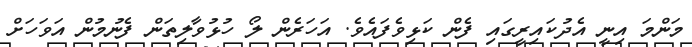
މަންމަ އިނީ އެދުކައިރީގައި ފެން ކަޅިވެފައެވެ. އަހަރެން ލޯ ހުޅުވާލިތަން ފެނުމުން އަވަހަށް